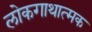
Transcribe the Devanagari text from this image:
लोकगाथात्मक